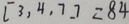
[ 3 , 4 , 7 ] = 8 4